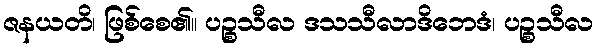
ဇနယတိ၊ ဖြစ်စေ၏။ ပဉ္စသီလ ဒသသီလာဒိဘေဒံ၊ ပဉ္စသီလ